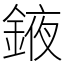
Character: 䤳